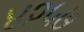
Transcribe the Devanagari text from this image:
४२५७